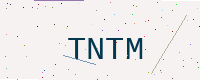
Text: TNTM